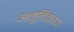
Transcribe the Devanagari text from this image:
अमूर्तिकरण